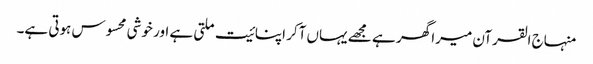
منہاج القرآن میرا گھر ہے مجھے یہاں آکر اپنائیت ملتی ہے اور خوشی محسوس ہوتی ہے۔